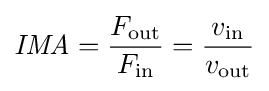
{\mathit {IMA}}={\frac {F_{\text{out}}}{F_{\text{in}}}}={\frac {v_{\text{in}}}{v_{\text{out}}}}